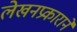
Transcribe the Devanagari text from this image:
लेखनप्रकाराने